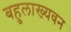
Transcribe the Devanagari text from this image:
बहुलाख्यवन